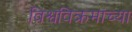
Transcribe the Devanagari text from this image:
विश्वविक्रमांच्या